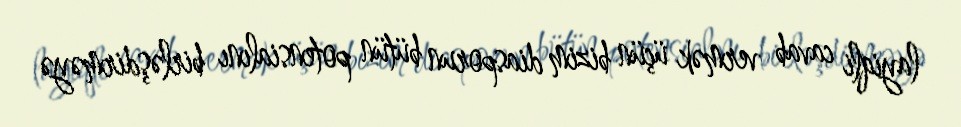
layiqli cavab vermək üçün bizim diasporun bütün potensialını birləşdirməyə